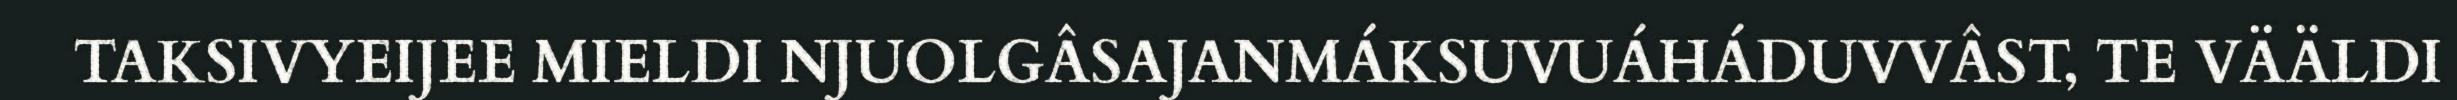
TAKSIVYEIJEE MIELDI NJUOLGÂSAJANMÁKSUVUÁHÁDUVVÂST, TE VÄÄLDI